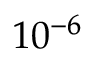
1 0 ^ { - 6 }